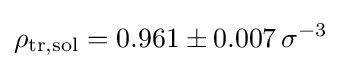
\rho _{\mathrm {tr,sol} }=0.961\pm 0.007\,\sigma ^{-3}